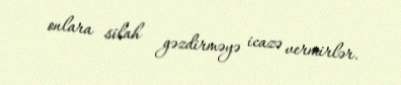
onlara silah gəzdirməyə icazə vermirlər.